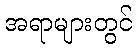
အရာများတွင်